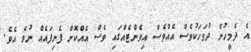
އެ ދެމީހުން ދުވަހަކުވެސް އެއްވެސް އިވެންޓެއްގައި ވެސް އެއްކޮށް ފެނިފައެއް ނުވެ އެވެ.